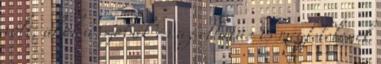
volt, ahol a szobák és az ellátás is megfelelőnek